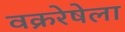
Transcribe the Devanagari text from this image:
वक्ररेषेला